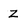
Character: Z